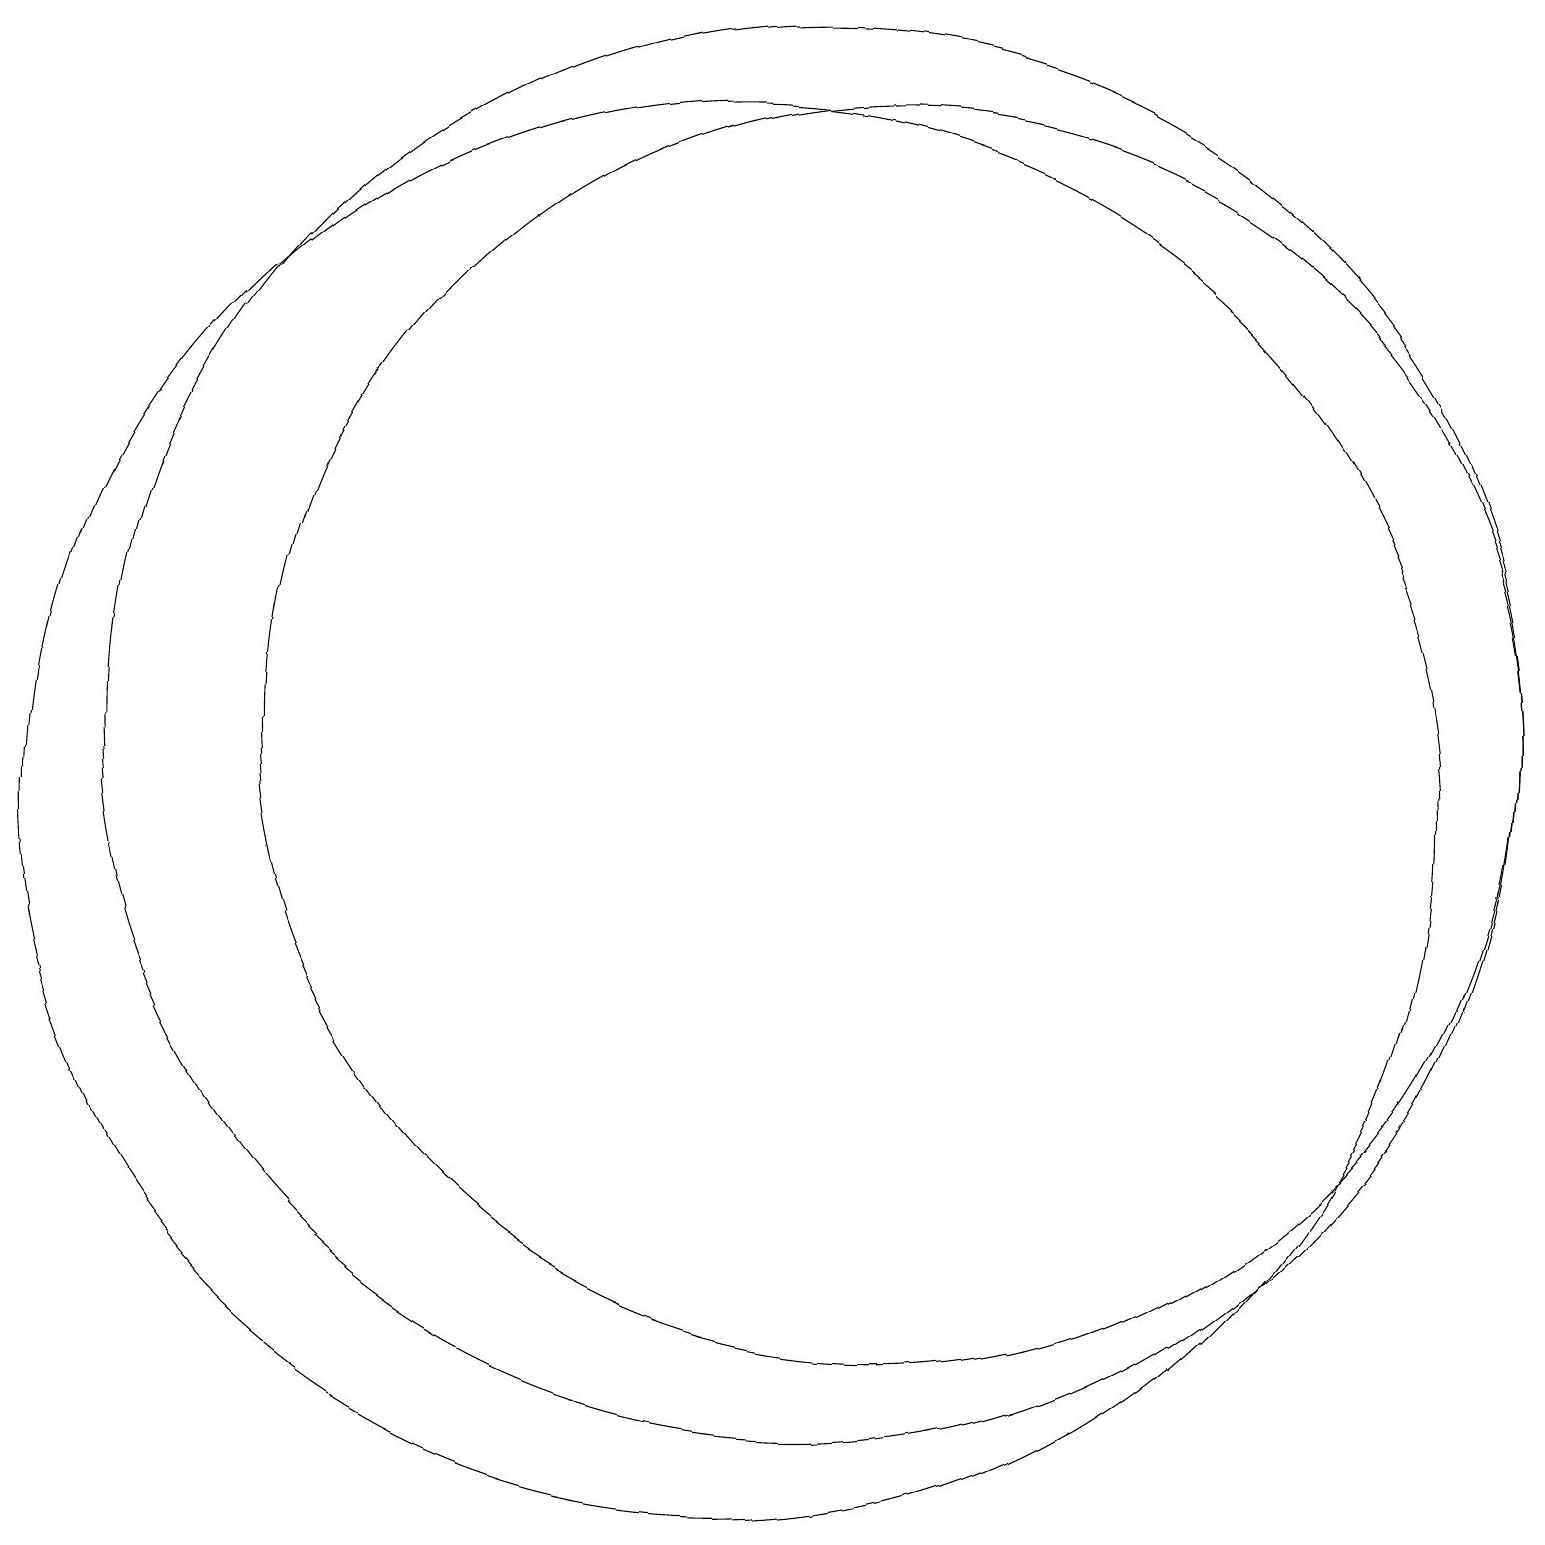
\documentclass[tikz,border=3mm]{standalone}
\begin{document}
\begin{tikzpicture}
\draw (10,10) circle (9);
\draw (12,11) circle (8);
\draw (11,11) circle (9);
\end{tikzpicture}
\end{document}